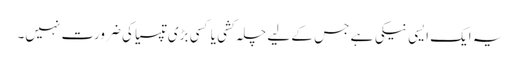
یہ ایک ایسی نیکی ہے جس کے لیے چلہ کشی یا کسی بڑی تپسیا کی ضرورت نہیں۔